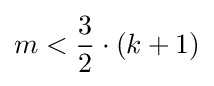
m<{\frac {3}{2}}\cdot (k+1)